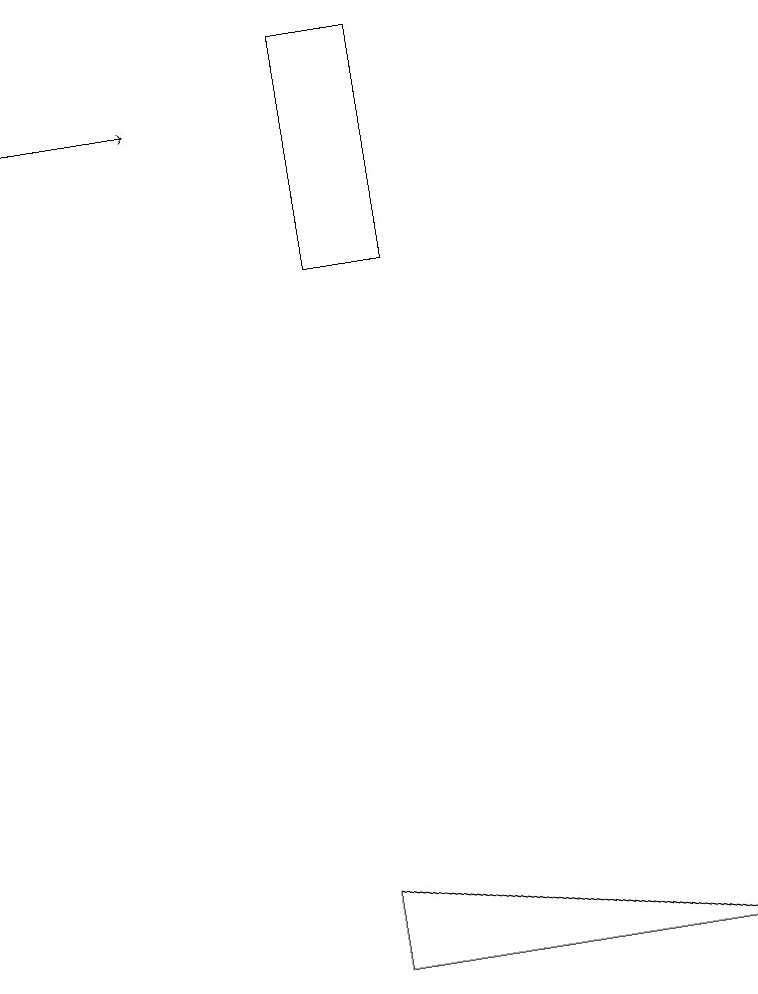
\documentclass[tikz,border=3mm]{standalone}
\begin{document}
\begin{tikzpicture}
\draw (4,4) -- (9,4) -- (4,5) -- cycle;
\draw (4,13) rectangle (5,16);
\draw[->] (0,15) -- (2,15);
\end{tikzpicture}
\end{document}